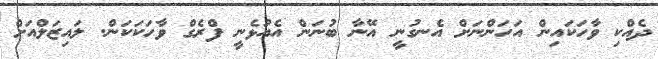
ދެއްކި ވާހަކައިން އަހަންނަށް އެނގުނީ އޭނާ ބުނަން އެއުޅެނީ ފްރެގް ވާހަކަކަން. ލައިޒަލްއަށް